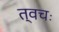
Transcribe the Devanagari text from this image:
त्वचः